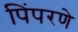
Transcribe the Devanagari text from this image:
पिंपरणे